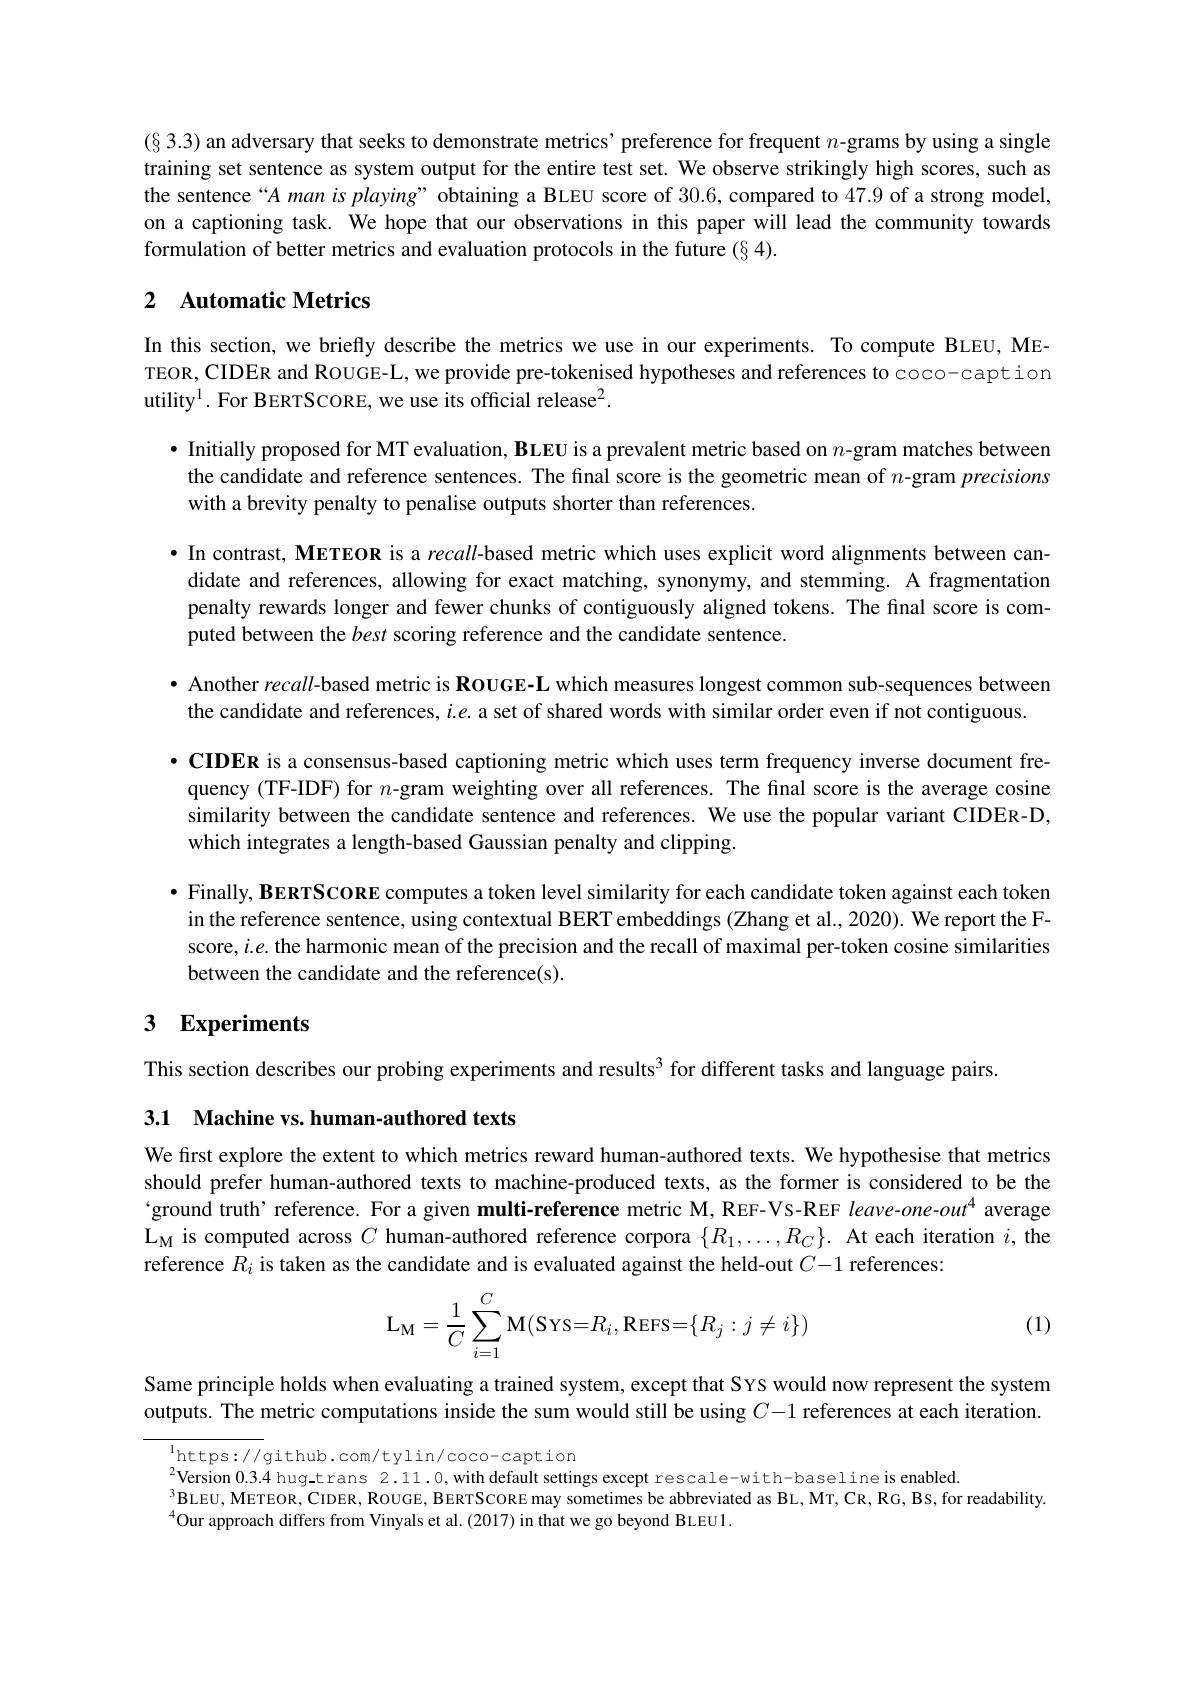
(§ 3.3) an adversary that seeks to demonstrate metrics' preference for frequent $n$-grams by using a single training set sentence as system output for the entire test set. We observe strikingly high scores, such as the sentence“A man is playing” obtaining a BLEU score of 30.6, compared to 47.9 of a strong model, on a captioning task. We hope that our observations in this paper will lead the community towards formulation of better metrics and evaluation protocols in the future (§4).

## 2 Automatic Metrics

In this section, we briefly describe the metrics we use in our experiments. To compute BLEU, METEOR, CIDER and ROUGE-L, we provide pre-tokenised hypotheses and references to coco-caption utility$^1.$ For BERTSCORE, we use its official release$^2.$

· Initially proposed for MT evaluation, BLEU is a prevalent metric based on $n$-gram matches between the candidate and reference sentences. The final score is the geometric mean of $n$-gram precisions with a brevity penalty to penalise outputs shorter than references.

·In contrast, METEOR is a recall-based metric which uses explicit word alignments between candidate and references, allowing for exact matching, synonymy, and stemming. A fragmentation penalty rewards longer and fewer chunks of contiguously aligned tokens. The final score is computed between the best scoring reference and the candidate sentence.

· Another recall-based metric is ROUGE-L which measures longest common sub-sequences between

the candidate and references, $i.e.$ a set of shared words with similar order even if not contiguous.
$• \textbf{CIDER is a consensus- based captioning metric which uses term frequency inverse document fre- Theres theres theres theres theres thes thes thes thes term frequency inverse document fre- thes thes thes thes thes thes tes teres tes tern frequency inverse}$ quency (TF-IDF) for $n$-gram weighting over all references. The final score is the average cosine similarity between the candidate sentence and references. We use the popular variant CIDER-D, which integrates a length-based Gaussian penalty and clipping.

$•$ Finally, BERTSCORE computes a token level similarity for each candidate token against each token in the reference sentence, using contextual BERT embeddings (Zhang et al., 2020). We report the Fscore, $i.e.$ the harmonic mean of the precision and the recall of maximal per-token cosine similarities between the candidate and the reference(s).

# 3 Experiments

This section describes our probing experiments and results$^{3}$ for different tasks and language pairs.

3.1 Machine vs. human-authored texts

We first explore the extent to which metrics reward human-authored texts. We hypothesise that metrics should prefer human-authored texts to machine-produced texts, as the former is considered to be the $`$ground truth' reference. For a given multi-reference metric M, REF-VS-REF leave-one-out$^{4}$ average $\mathcal{L}_{\mathrm{M}}$ is computed across $C$ human-authored reference corpora $\{R_1,\ldots,R_C\}.$ At each iteration $i$,the reference $R_i$ is taken as the candidate and is evaluated against the held-out $C-1$ references

(1)
$$\mathrm L_M=\dfrac{1}{C}\sum\limits_{i=1}^C\mathrm M(\mathrm S\text{YS=}R_i,\mathrm R\text{EFS=}\{R_j:j\neq i\})$$
Same principle holds when evaluating a trained system, except that SYS would now represent the system outputs. The metric computations inside the sum would still be using $C-1$ references at each iteration

$^{1}$https://github.com/tylin/coco-caption
$^{2}$Version 0.3.4 hug-trans 2.11.0,with default settings except rescale-with-baseline is enabled.
$^{3}$BLEU, METEOR, CIDER, ROUGE, BERTSCORE may sometimes be abbreviated as BL, MT, CR, RG, BS, for readability
$^{4}$Our approach differs from Vinyals et al.(2017) in that we go beyond BLEU1.